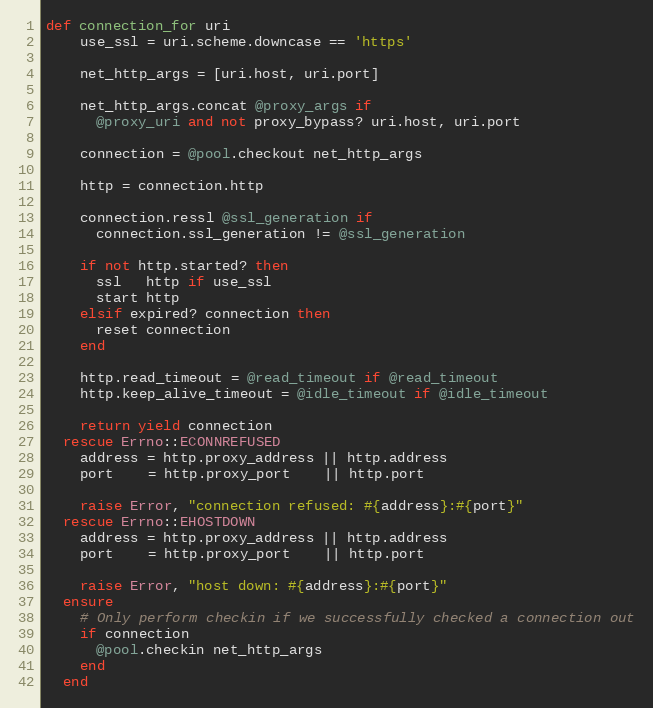
Language: Ruby
def connection_for uri
    use_ssl = uri.scheme.downcase == 'https'

    net_http_args = [uri.host, uri.port]

    net_http_args.concat @proxy_args if
      @proxy_uri and not proxy_bypass? uri.host, uri.port

    connection = @pool.checkout net_http_args

    http = connection.http

    connection.ressl @ssl_generation if
      connection.ssl_generation != @ssl_generation

    if not http.started? then
      ssl   http if use_ssl
      start http
    elsif expired? connection then
      reset connection
    end

    http.read_timeout = @read_timeout if @read_timeout
    http.keep_alive_timeout = @idle_timeout if @idle_timeout

    return yield connection
  rescue Errno::ECONNREFUSED
    address = http.proxy_address || http.address
    port    = http.proxy_port    || http.port

    raise Error, "connection refused: #{address}:#{port}"
  rescue Errno::EHOSTDOWN
    address = http.proxy_address || http.address
    port    = http.proxy_port    || http.port

    raise Error, "host down: #{address}:#{port}"
  ensure
    # Only perform checkin if we successfully checked a connection out
    if connection
      @pool.checkin net_http_args
    end
  end